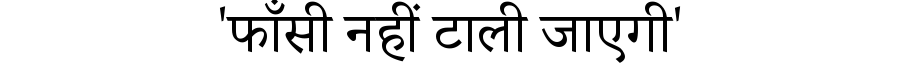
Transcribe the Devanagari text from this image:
'फाँसी नहीं टाली जाएगी'